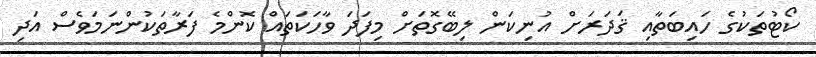
ކޯޓުތަކުގެ ހައިބަތާއި ޤަދަރަށް އުނިކަން ލިބޭގޮތަށް މިފަދަ ވާހަކަތައް ކޮންމެ ފަރާތަކުންނަމަވެސް އަދި